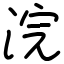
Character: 浣